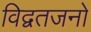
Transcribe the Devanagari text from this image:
विद्वतजनों